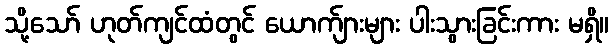
သို့သော် ဟုတ်ကျင်ထံတွင် ယောက်ျားများ ပါးသွားခြင်းကား မရှိ။